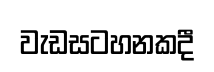
වැඩසටහනකදී